Report on the nature of kala-azar
Disease focus: Kala-Azar
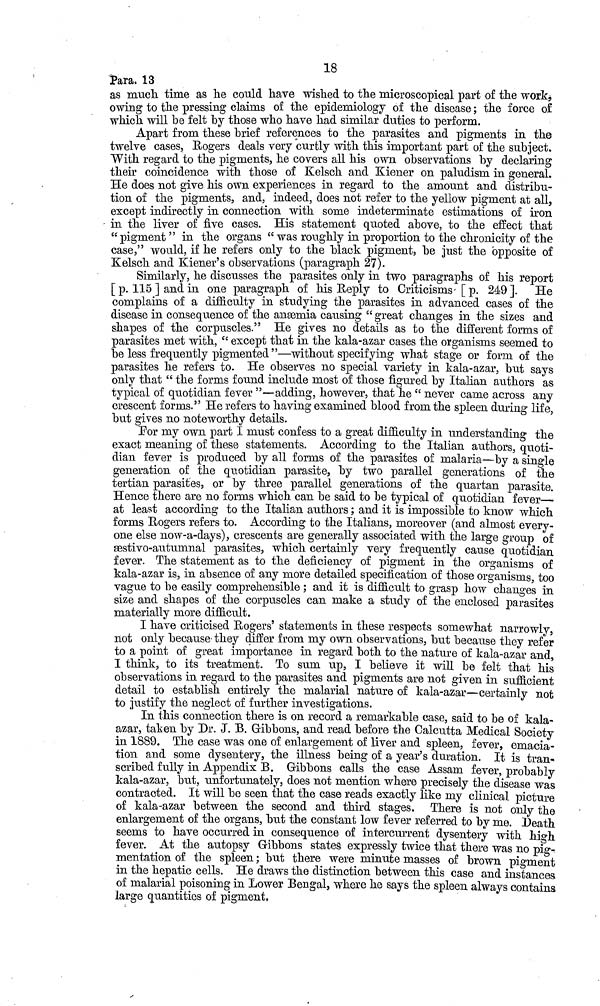
18
Para, 13
as much time as he could have wished to the microscopical part of the work,
owing to the pressing claims of the epidemiology of the disease ; the force of
which will be felt by those who have had similar duties to perform.
Apart from these brief references to the parasites and pigments in the
twelve cases, Rogers deals very curtly with this important part of the subject.
With regard to the pigments, he covers all his own observations by declaring
their coincidence with those of Kelsch and Kiener on paludism in general.
He does not give his own experiences in regard to the amount and distribu-
tion of the pigments, and, indeed, does not refer to the yellow pigment at all,
except indirectly in connection with some indeterminate estimations of iron
in the liver of five cases. His statement quoted above, to the effect that
"pigment " in the organs " was roughly in proportion to the chronicity of the
case," would, if he refers only to the black pigment, be just the opposite of
Kelsch and Kiener's observations (paragraph 27).
Similarly, he discusses the parasites only in two paragraphs of his report
[p. 115] and in one paragraph of his Reply to Criticisms [p. 249]. He
complains of a difficulty in studying the parasites in advanced cases of the
disease in consequence of the anæmia causing " great changes in the sizes and
shapes of the corpuscles." He gives no details as to the different forms of
parasites met with, " except that in the kala-azar cases the organisms seemed to
be less frequently pigmented "—without specifying what stage or form of the
parasites he refers to. He observes no special variety in kala-azar, but says
only that " the forms found include most of those figured by Italian authors as
typical of quotidian fever "—adding, however, that he " never came across any
crescent forms." He refers to having examined blood from the spleen during life,
but gives no noteworthy details.
For my own part I must confess to a great difficulty in understanding the
exact meaning of these statements. According to the Italian authors, quoti-
dian fever is produced by all forms of the parasites of malaria — by a single
generation of the quotidian parasite, by two parallel generations of the
tertian parasites, or by three parallel generations of the quartan parasite.
Hence there are no forms which can be said to be typical of quotidian fever—
at least according to the Italian authors ; and it is impossible to know which
forms Rogers refers to. According to the Italians, moreover (and almost every-
one else now-a-days), crescents are generally associated with the large group of
æstivo-autumnal parasites, which certainly very frequently cause quotidian
fever. The statement as to the deficiency of pigment in the organisms of
kala-azar is, in absence of any more detailed specification of those organisms, too
vague to be easily comprehensible ; and it is difficult to grasp how changes in
size and shapes of the corpuscles can make a study of the enclosed parasites
materially more difficult.
I have criticised Rogers' statements in these respects somewhat narrowly,
not only because they differ from my own observations, but because they refer
to a point of great importance in regard both to the nature of kala-azar and,
I think, to its treatment. To sum up, I believe it will be felt that his
observations in regard to the parasites and pigments are not given in sufficient
detail to establish entirely the malarial nature of kala-azar—certainly not
to justify the neglect of further investigations.
In this connection there is on record a remarkable case, said to be of kala-
azar, taken by Dr. J. B. Gibbons, and read before the Calcutta Medical Society
in 1889. The case was one of enlargement of liver and spleen, fever, emacia-
tion and some dysentery, the illness being of a year's duration. It is tran-
scribed fully in Appendix B. Gibbons calls the case Assam fever, probably
kala-azar, but, unfortunately, does not mention where precisely the disease was
contracted. It will be seen that the case reads exactly like my clinical picture
of kala-azar between the second and third stages, There is not only the
enlargement of the organs, but the constant low fever referred to by me. Death
seems to have occurred in consequence of intercurrent dysentery with high
fever. At the autopsy Gibbons states expressly twice that there was no pig-
mentation of the spleen ; but there were minute masses of brown pigment
in the hepatic cells. He draws the distinction between this case and instances
of malarial poisoning in Lower Bengal, where he says the spleen always contains
large quantities of pigment,